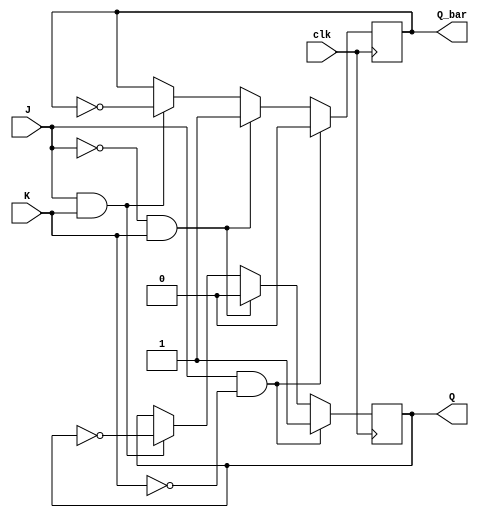
module jk_flipflop (
    input wire clk,
    input wire J,
    input wire K,
    output reg Q,
    output reg Q_bar
);

always @(posedge clk) begin
    if (J & !K) begin
        Q <= 1;
        Q_bar <= 0;
    end 
    else if (!J & K) begin
        Q <= 0;
        Q_bar <= 1;
    end 
    else if (J & K) begin
        Q <= ~Q;
        Q_bar <= ~Q_bar;
    end
end

endmodule